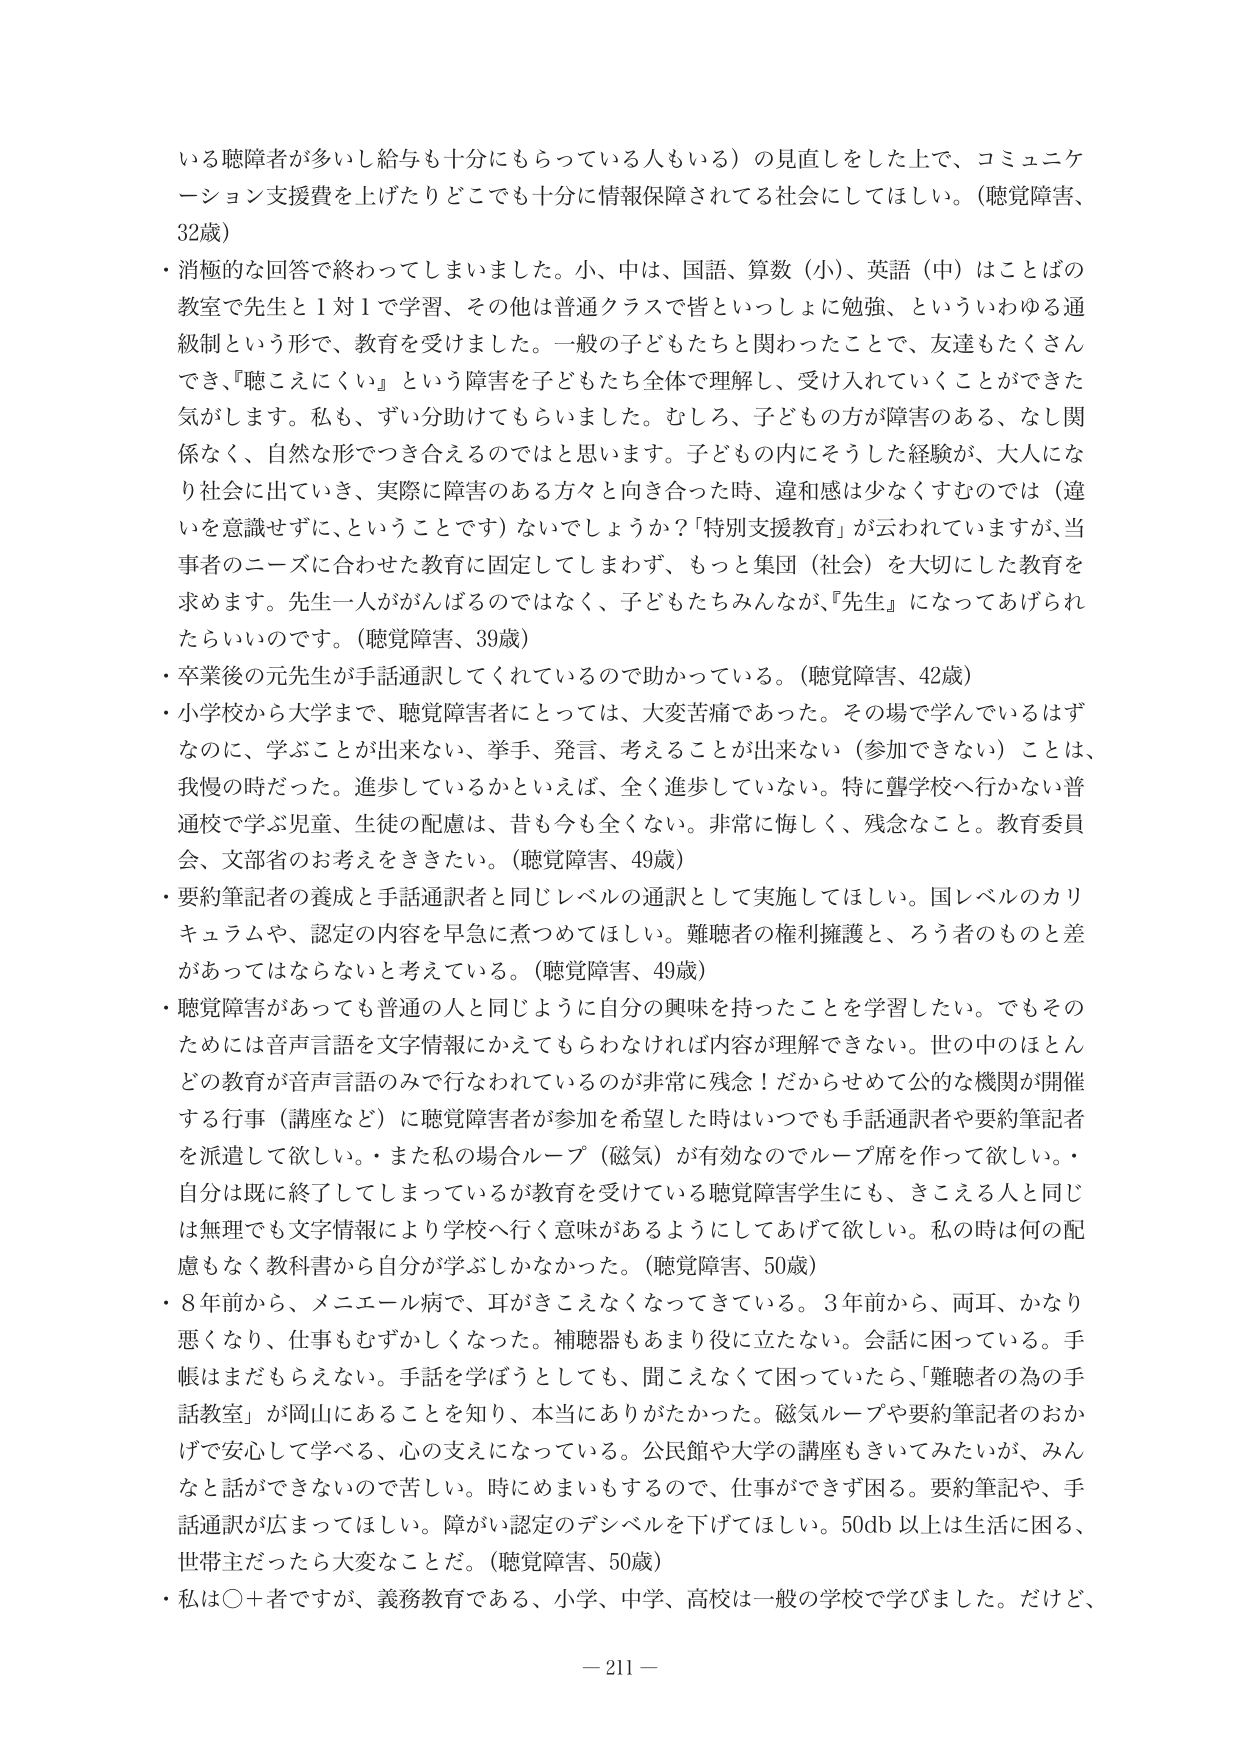
いる聴障者が多し給与も十分にもらっている人もいる）の見直しをした上で、コミュニケーション支援費を上げたりどこでも十分に情報保障されてる社会にしてほしい。（聴覚障害、32歳）

・消極的な回答で終わってしまいました。小、中は、国語、算数（小）、英語（中）はことばの教室で先生と1対1で学習、その他は普通クラスで皆といっしょに勉強、といういわゆる通級制という形で、教育を受けました。一般の子どもたちと関わったことで、友達もたくさんでき、『聴こえにくい』という障害を子どもたち全体で理解し、受け入れていくことができた気がします。私も、ずい分助けてもらいました。むしろ、子どもの方が障害のある、なし関係なく、自然な形でつき合えるのではと思います。子どもの内にそうした経験が、大人になり社会に出ていき、実際に障害のある方々と向き合った時、違和感は少なくすむのでは（違いを意識せずに、ということです）ないでしょうか？「特別支援教育」が云われていますが、当事者のニーズに合わせた教育に固定してしまわず、もっと集団（社会）を大切にした教育を求めます。先生一人ががんばるのではなく、子どもたちみんなが『先生』になってあげられたらいいのです。（聴覚障害、39歳）

・卒業後の元先生が手話通訳してくれているので助かっている。（聴覚障害、42歳）

・小学校から大学まで、聴覚障害者にとっては、大変苦痛であった。その場で学んでいるはずなのに、学ぶことが出来ない、挙手、発言、考えることが出来ない（参加できない）ことは、我慢の時だった。進歩しているかといえば、全く進歩していない。特に聾学校へ行かない普通校で学ぶ児童、生徒の配慮は、昔も今も全くない。非常に悔しく、残念なこと。教育委員会、文部省のお考えをききたい。（聴覚障害、49歳）

・要約筆記者の養成と手話通訳者と同じレベルの通訳として実施してほしい。国レベルのカリキュラムや、認定の内容を早急に煮つめてほしい。難聴者の権利擁護と、ろう者のものと差があってはならないと考えている。（聴覚障害、49歳）

・聴覚障害があっても普通の人と同じように自分の興味を持ったことを学習したい。でもそのためには音声言語を文字情報にかえてもらわなければ内容が理解できない。世の中のほとんどの教育が音声言語のみで行なわれているのが非常に残念！だからせめて公的な機関が開催する行事（講座など）に聴覚障害者が参加した時はいつでも手話通訳者や要約筆記者を派遣して欲しい。・また私の場合ループ（磁気）が有効なのでループ席を作って欲しい。・自分は既に終了してしまっているが教育を受けている聴覚障害学生にも、きこえる人と同じは無理でも文字情報により学校へ行く意味があるようにしてあげて欲しい。私の時は何の配慮もなく教科書から自分が学ぶしかなかった。（聴覚障害、50歳）

・8年前から、メニエール病で、耳がきこえなくなってきた。3年前から、両耳、かなり悪くなり、仕事もむずかしくなった。補聴器もあまり役に立たない。会話に困っている。手帳はまだもらえない。手話を学ぼうとしても、聞こえなくて困っていたら、「難聴者の為の手話教室」が岡山にあることを知り、本当にありがたかった。磁気ループや要約筆記者のおかげで安心して学べる、心の支えになっている。公民館や大学の講座もきいてみたいが、みんなと話ができないので苦しい。時にめまいもするので、仕事ができず困る。要約筆記や、手話通訳が広まってほしい。障がい認定のデシベルを下げてほしい。50db以上は生活に困る、世帯主だったら大変なことだ。（聴覚障害、50歳）

・私は〇十者ですが、義務教育である、小学、中学、高校は一般の学校で学びました。だけど、

－211－